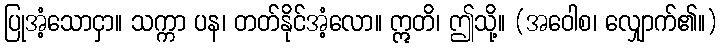
ပြုအံ့သောငှာ။ သက္ကာ ပန၊ တတ်နိုင်အံ့လော။ ဣတိ၊ ဤသို့။ (အဝေါစ၊ လျှောက်၏။)